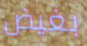
بغيض